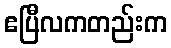
ဧပြီလကတည်းက